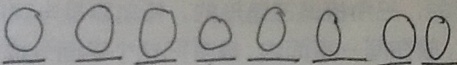
0 0 0 0 0 0 0 0